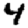
Digit: 4